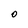
Character: O